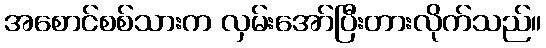
အစောင်စစ်သားက လှမ်းအော်ပြီးတားလိုက်သည်။